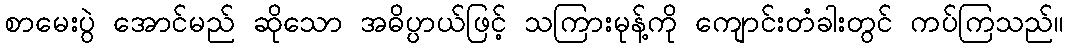
စာမေးပွဲ အောင်မည် ဆိုသော အဓိပ္ပာယ်ဖြင့် သကြားမုန့်ကို ကျောင်းတံခါးတွင် ကပ်ကြသည်။